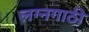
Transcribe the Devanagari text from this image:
लग्नगाठी